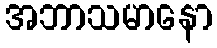
အဘာသမာနော